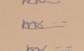
Signature authenticity: genuine